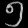
Digit: ၅